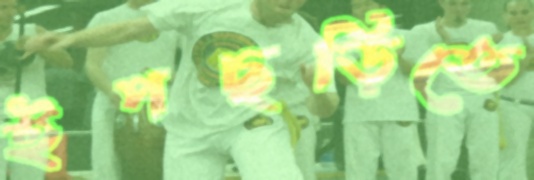
ইপছড়িতে